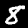
Label: 8